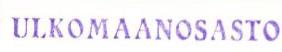
ULKOMAANOSASTO